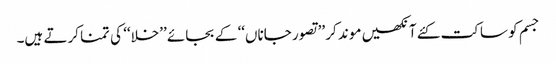
جسم کو ساکت کئے آنکھیں موند کر ’’تصور جاناں‘‘ کے بجائے ’’خلا‘‘ کی تمنا کرتے ہیں۔